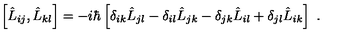
\left[ \hat { L } _ { i j } , \hat { L } _ { k l } \right] = - i \hbar \left[ \delta _ { i k } \hat { L } _ { j l } - \delta _ { i l } \hat { L } _ { j k } - \delta _ { j k } \hat { L } _ { i l } + \delta _ { j l } \hat { L } _ { i k } \right] \ .